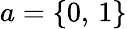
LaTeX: a=\{ 0,\, 1\}